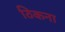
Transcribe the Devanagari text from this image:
ठिकना